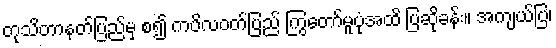
တုသိတာနတ်ပြည်မှ စ၍ ကပိလဝတ်ပြည် ကြွတော်မူပုံအထိ ပြဆိုခန်း။ အကျယ်ပြ၊